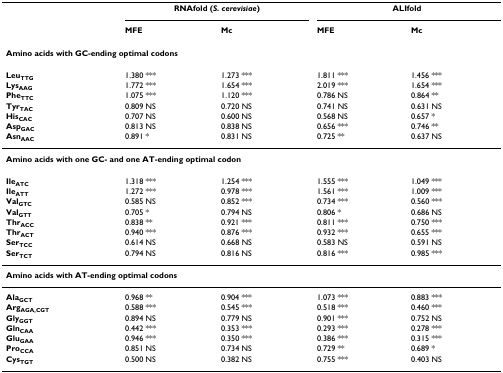
<table><thead><tr><td></td><td colspan="2"><b>RNAfold (<i>S. cerevisiae</i>)</b></td><td colspan="2"><b>ALIfold</b></td></tr><tr><td></td><td><b>MFE</b></td><td><b>Mc</b></td><td><b>MFE</b></td><td><b>Mc</b></td></tr></thead><tbody><tr><td colspan="5"><b>Amino acids with GC-ending optimal codons</b></td></tr><tr><td><b>Leu</b><sub><b>TTG</b></sub></td><td>1.380 ***</td><td>1.273 ***</td><td>1.811 ***</td><td>1.456 ***</td></tr><tr><td><b>Lys</b><sub><b>AAG</b></sub></td><td>1.772 ***</td><td>1.654 ***</td><td>2.019 ***</td><td>1.654 ***</td></tr><tr><td><b>Phe</b><sub><b>TTC</b></sub></td><td>1.075 ***</td><td>1.120 ***</td><td>0.786 NS</td><td>0.864 **</td></tr><tr><td><b>Tyr</b><sub><b>TAC</b></sub></td><td>0.809 NS</td><td>0.720 NS</td><td>0.741 NS</td><td>0.631 NS</td></tr><tr><td><b>His</b><sub><b>CAC</b></sub></td><td>0.707 NS</td><td>0.600 NS</td><td>0.568 NS</td><td>0.657 *</td></tr><tr><td><b>Asp</b><sub><b>GAC</b></sub></td><td>0.813 NS</td><td>0.838 NS</td><td>0.656 ***</td><td>0.746 **</td></tr><tr><td><b>Asn</b><sub><b>AAC</b></sub></td><td>0.891 *</td><td>0.831 NS</td><td>0.725 **</td><td>0.637 NS</td></tr><tr><td colspan="5"><b>Amino acids with one GC- and one AT-ending optimal codon</b></td></tr><tr><td><b>Ile</b><sub><b>ATC</b></sub></td><td>1.318 ***</td><td>1.254 ***</td><td>1.555 ***</td><td>1.049 ***</td></tr><tr><td><b>Ile</b><sub><b>ATT</b></sub></td><td>1.272 ***</td><td>0.978 ***</td><td>1.561 ***</td><td>1.009 ***</td></tr><tr><td><b>Val</b><sub><b>GTC</b></sub></td><td>0.585 NS</td><td>0.852 ***</td><td>0.734 ***</td><td>0.560 ***</td></tr><tr><td><b>Val</b><sub><b>GTT</b></sub></td><td>0.705 *</td><td>0.794 NS</td><td>0.806 *</td><td>0.686 NS</td></tr><tr><td><b>Thr</b><sub><b>ACC</b></sub></td><td>0.838 **</td><td>0.921 ***</td><td>0.811 ***</td><td>0.750 ***</td></tr><tr><td><b>Thr</b><sub><b>ACT</b></sub></td><td>0.940 ***</td><td>0.876 ***</td><td>0.932 ***</td><td>0.655 ***</td></tr><tr><td><b>Ser</b><sub><b>TCC</b></sub></td><td>0.614 NS</td><td>0.668 NS</td><td>0.583 NS</td><td>0.591 NS</td></tr><tr><td><b>Ser</b><sub><b>TCT</b></sub></td><td>0.794 NS</td><td>0.816 NS</td><td>0.816 ***</td><td>0.985 ***</td></tr><tr><td colspan="5"><b>Amino acids with AT-ending optimal codons</b></td></tr><tr><td><b>Ala</b><sub><b>GCT</b></sub></td><td>0.968 **</td><td>0.904 ***</td><td>1.073 ***</td><td>0.883 ***</td></tr><tr><td><b>Arg</b><sub><b>AGA,CGT</b></sub></td><td>0.588 ***</td><td>0.545 ***</td><td>0.518 ***</td><td>0.460 ***</td></tr><tr><td><b>Gly</b><sub><b>GGT</b></sub></td><td>0.894 NS</td><td>0.779 NS</td><td>0.901 ***</td><td>0.752 NS</td></tr><tr><td><b>Gln</b><sub><b>CAA</b></sub></td><td>0.442 ***</td><td>0.353 ***</td><td>0.293 ***</td><td>0.278 ***</td></tr><tr><td><b>Glu</b><sub><b>GAA</b></sub></td><td>0.946 ***</td><td>0.350 ***</td><td>0.386 ***</td><td>0.315 ***</td></tr><tr><td><b>Pro</b><sub><b>CCA</b></sub></td><td>0.851 NS</td><td>0.734 NS</td><td>0.729 **</td><td>0.689 *</td></tr><tr><td><b>Cys</b><sub><b>TGT</b></sub></td><td>0.500 NS</td><td>0.382 NS</td><td>0.755 ***</td><td>0.403 NS</td></tr></tbody></table>